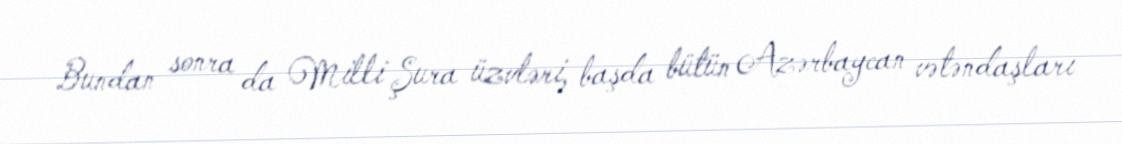
Bundan sonra da Milli Şura üzvləri, başda bütün Azərbaycan vətəndaşları